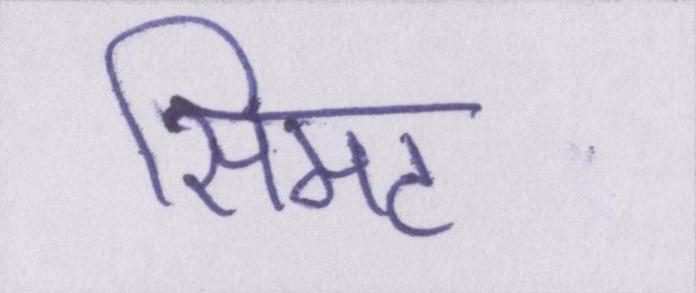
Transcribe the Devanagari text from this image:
सिमट